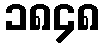
၁၈၄၈